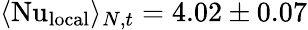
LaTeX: \langle\mathrm{Nu}_{\textrm{local}}\rangle_{N,t}=4.02\pm 0.07